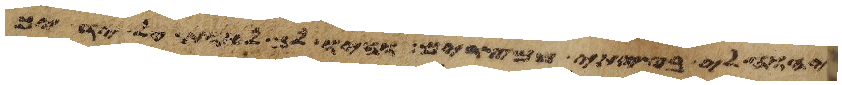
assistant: יהוה לי בצאתי ממצרים והיו לך לאות על ידיך